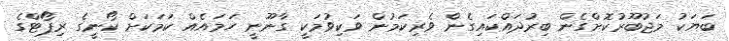
ބަޔަކު މަޖުބޫރުކޮށްގެން ބިރުދައްކައިގެން ވެރިކަމުން ވަކިވުމަކީ ގާނޫނީ ހަމައެއް ކަމަކަށް ކޯނީގެ ރިޕޯޓްގެ